Lock hospitals Punjab
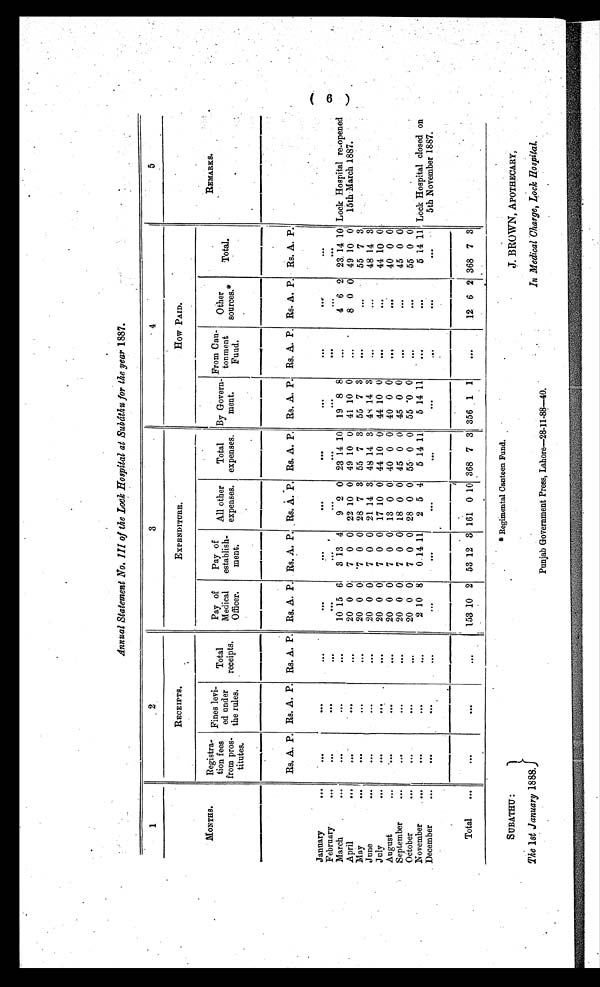
SUBATHU :
The 1st January 1888.,
Punjab Government Press, Lahore—28-11-88—40.
*Regimental Canteen Fund.
J. BROWN, APOTHECARY,
In Medical Charge, Lock Hospital.
Annual Statement No. III of the Lock Hospital at Subáthu for the year 1887.
1
2
3
4
5
MONTHS.
RECEIPTS.
EXPENDITURE.
HOW PAID
Registra-
tion fees
from pros-
titutes.
Fines levi-
ed under
the rules.
Total
receipts.
P ay of
Medical
Officer.
Pay of
establish-
ment.
All other
expenses.
Total
expenses.
By Govern-
ment.
From Can-
tonment
Fund.
Other
sources.*
Total.
REMARKS.
Rs. A. P. Rs. A. P. Rs. A. P. Rs. A. P. Rs. A. P. Rs. A. P. Rs. A. P. Rs. A. P. Rs. A. P. Rs. A. P. Rs. A. P.
January
...
. . .
. . .
...
. . .
. . .
...
...
...
. . .
...
...
Lock Hospital re-opened
15th March 1887.
February
...
. . .
...
. . .
. . .
. . .
...
...
...
. . .
...
...
March
.
......
...
...
...
10 15 6
3 13 4
9 2 0 23 14 10 19 8 8
. . . . .
4 6 2 23. 14
1 0
April
...
. . .
. . .
. . . 20 0 0' 7 0 0 22 10 0 49 10 0 41 10 0
. . .
8 0 0 49 10
0
May
...
...
. . .
. . . 20 0 0
7 0 0 28 7 3 55 7 3 55 7 3
...
...
55 7 3
June
...
. . .
. . .
. . . 20 0 0
7 0 0 21 14 3 48 14 3
4 8 14 3
...
...
48 14 3
July
...
. . .
..
...
20 0 0
7 0 0 17 10 0 44 10 0 44 10 0
. . .
...
44 10 0
August
...
. . .
. . .
20 0 0
7 0 0 13 0 0 40 0 0 40 0 0
. . .
...
40 0 0
September
...
. . .
...
. . . 20 0 0
7 0 0 18 0 Of 45 0 0 45 0 0
...
...
45 0 0
October
......
. . .
. . .
...
20 0 0
7 0 0 28 0 0 55 0 0 55 0 0
. . .
......
55 0 0
November
...
. . .
. . .
. . . 2 10 8
0 14 11
2 5 4
5 14 11
5 14 11
. . .
...
5 14 11 Lock Hospital closed on
5th November 1887.
December
...
. . .
. . .
. . .
. . .
. . .
...
...
...
. . .
...
...
Total
...
. . .
...
153 10 2 53 12 3 161 0 10 368 7 3 356 1 1
...
12 6 2 368 7 3